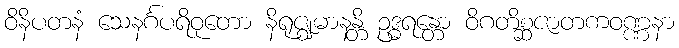
ဝိနိပတနံ သေနင်္ဂပရိဝုတော နိရုဇ္ဈမာနန္တိ ဥဒ္ဓရန္တော ဝိဂတိစ္ဆဇာတကဝဏ္ဏနာ